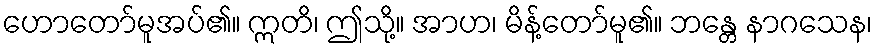
ဟောတော်မူအပ်၏။ ဣတိ၊ ဤသို့။ အာဟ၊ မိန့်တော်မူ၏။ ဘန္တေ နာဂသေန၊